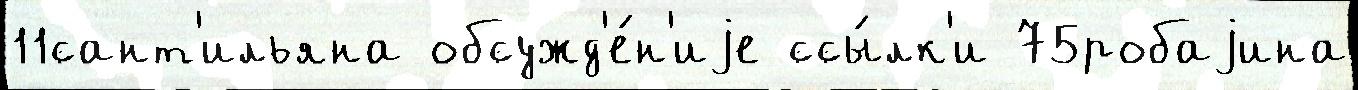
11сант'ильяна обсужд'е́н'иjе ссы́лк'и 75робаjина